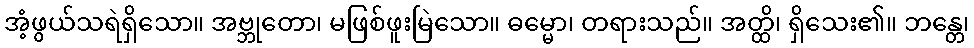
အံ့ဖွယ်သရဲရှိသော။ အဗ္ဘုတော၊ မဖြစ်ဖူးမြဲသော။ ဓမ္မော၊ တရားသည်။ အတ္ထိ၊ ရှိသေး၏။ ဘန္တေ၊